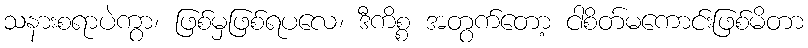
သနားစရာပဲကွာ၊ ဖြစ်မှဖြစ်ရပလေ၊ ဒီကိစ္စ အတွက်တော့ ငါစိတ်မကောင်းဖြစ်မိတာ